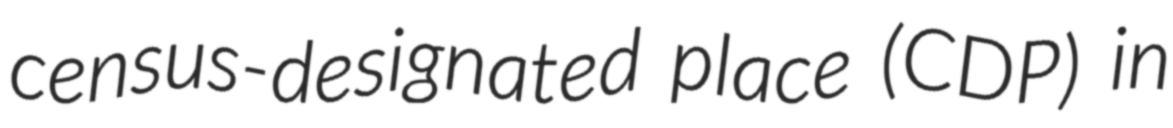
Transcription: census-designated place (CDP) in